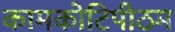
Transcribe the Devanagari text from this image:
कामकोटिपीठम